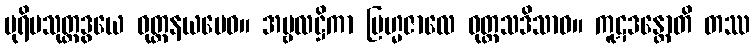
ပုရိမသုတ္တဒွယေ ဝုတ္တနယမေဝ။ အမ္ဗလဋ္ဌိကာ ဗြဟ္မဇာလေ ဝုတ္တသဒိသာဝ။ ကူဋဒန္တောတိ တဿ